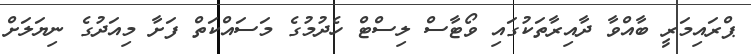
ޕްރައިމަރީ ބާއްވާ ދާއިރާތަކުގައި ވޯޓާސް ލިސްޓް ހެދުމުގެ މަސައްކަތް ފަށާ މިއަދުގެ ނިޔަލަށް